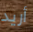
أريد